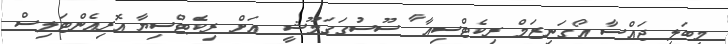
މިބަލި ޖައްސާ އޯގަނިޒަމް ރިކެޓްސިއާ ާ ސޫސުގަގަމޫޝީ  އަށް ރިކެޓްސިޔާ އޮރިއެންޓަލިސް